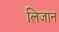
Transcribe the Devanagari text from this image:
लिजान